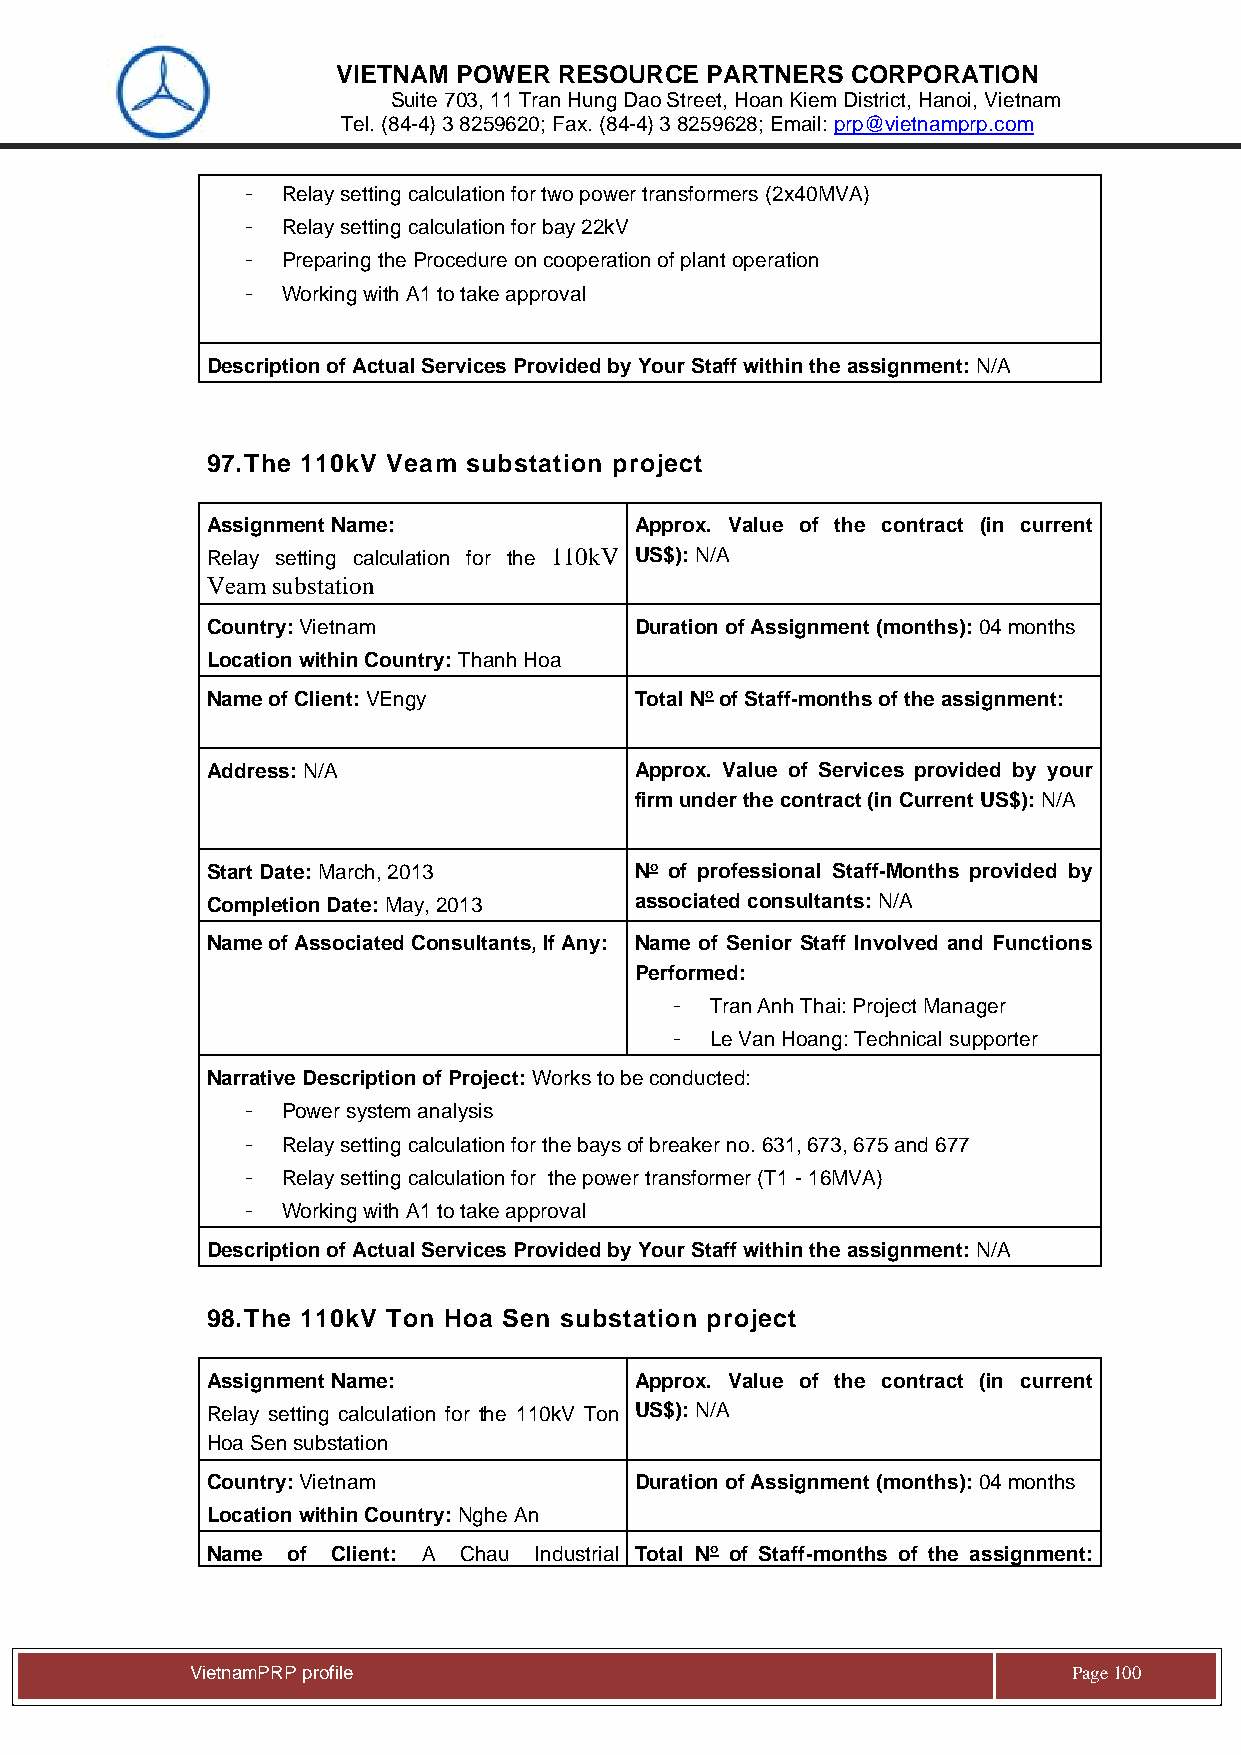
VIETNAM POWER  RESOURCE  PARTNERS CORPORATION
 Suite 703, 11 Tran Hung Dao Street, Hoan Kiem District, Hanoi, Vietnam
 Tel. (84-4) 3 8259620; Fax. (84-4) 3 8259628; Email: prp@vietnamprp.com
 -  Relay setting calculation for two power transformers (2x40MVA)
 -  Relay setting calculation for bay 22kV
 -  Preparing the Procedure on cooperation of plant operation
 -  Working with A1 to take approval
 Description of Actual Services Provided by Your Staff within the assignment: N/A
 97. The 110kV Veam substation project
 Assignment Name:            Approx. Value of the contract (in current
 Relay setting calculation for the 110kV US$): N/A
 Veam substation
 Country: Vietnam            Duration of Assignment (months): 04 months
 Location within Country: Thanh Hoa
 Name of Client: VEngy       Total No of Staff-months of the assignment:
 Address: N/A                Approx. Value of Services provided by your
 firm under the contract (in Current US$): N/A
 Start Date: March, 2013     No of professional Staff-Months provided by
 Completion Date: May, 2013  associated consultants: N/A
 Name of Associated Consultants, If Any: Name of Senior Staff Involved and Functions
 Performed:
 -  Tran Anh Thai: Project Manager
 -  Le Van Hoang: Technical supporter
 Narrative Description of Project: Works to be conducted:
 -  Power system analysis
 -  Relay setting calculation for the bays of breaker no. 631, 673, 675 and 677
 -  Relay setting calculation for the power transformer (T1 - 16MVA)
 -  Working with A1 to take approval
 Description of Actual Services Provided by Your Staff within the assignment: N/A
 98. The 110kV Ton Hoa Sen substation project
 Assignment Name:            Approx. Value of the contract (in current
 Relay setting calculation for the 110kV Ton US$): N/A
 Hoa Sen substation
 Country: Vietnam            Duration of Assignment (months): 04 months
 Location within Country: Nghe An
 Name of Client: A Chau Industrial Total No of Staff-months of the assignment:
 Vie tnamPRP profile                                       Page 100